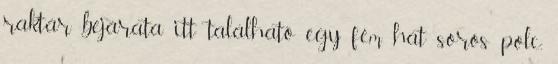
raktár bejárata itt található egy fém hat soros polc,